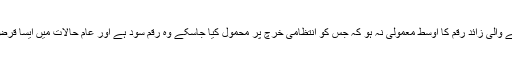
۵- قرض پر لی جانے والی زائد رقم کا اوسط معمولی نہ ہو کہ جس کو انتظامی خرچ پر محمول کیا جاسکے وہ رقم سود ہے اور عام حالات میں ایسا قرض لینا جائز نہیں ہے۔